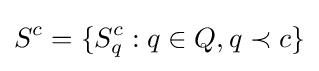
S^{c}=\{S_{q}^{c}:q\in Q,q\prec c\}